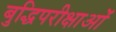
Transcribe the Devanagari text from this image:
बुद्धिपरीक्षाओं